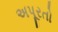
અપૂરતો